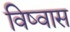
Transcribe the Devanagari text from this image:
विष्वास